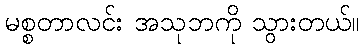
မစ္စတာလင်း အသုဘကို သွားတယ်။